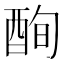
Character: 𲆫